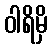
ဝါရိမှိ